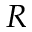
R